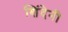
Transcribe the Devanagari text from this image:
शिंदेनी